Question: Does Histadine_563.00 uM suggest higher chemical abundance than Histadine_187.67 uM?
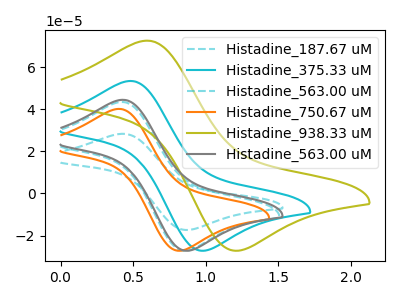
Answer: <think>The cyan dashed curve "Histadine_187.67 uM" has an anodic peak at (0.40V, 28.40uA) and a cathodic peak at (0.90V, -17.35uA). The cyan curve "Histadine_375.33 uM" has an anodic peak at (0.50V, 53.55uA) and a cathodic peak at (1.00V, -27.25uA). The cyan dashed curve "Histadine_563.00 uM" has an anodic peak at (0.40V, 43.55uA) and a cathodic peak at (0.85V, -27.25uA). The orange curve "Histadine_750.67 uM" has an anodic peak at (0.40V, 40.25uA) and a cathodic peak at (0.85V, -27.25uA). The olive curve "Histadine_938.33 uM" has an anodic peak at (0.60V, 72.70uA) and a cathodic peak at (1.25V, -27.20uA). The gray curve "Histadine_563.00 uM" has an anodic peak at (0.40V, 44.55uA) and a cathodic peak at (0.90V, -27.25uA).
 All the peaks in "Histadine_563.00 uM" have a peak in "Histadine_187.67 uM" at the same potential. Every peak in "Histadine_563.00 uM" is higher than every peak in "Histadine_187.67 uM".</think>
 <answer>"Histadine_563.00 uM" has more signal than "Histadine_187.67 uM".</answer>
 <eval>more_signal</eval>